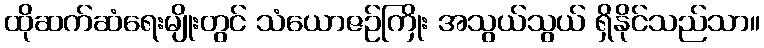
ထိုဆက်ဆံရေးမျိုးတွင် သံယောဇဉ်ကြိုး အသွယ်သွယ် ရှိနိုင်သည်သာ။